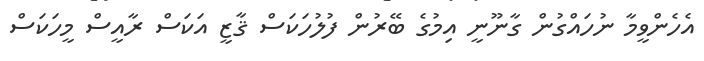
އެހެންވީމާ ނުހައްގުން ގާނޫނީ އިމުގެ ބޭރުން ފުލުހަކަސް ޤާޒީ އަކަސް ރާއީސް މީހަކަސް